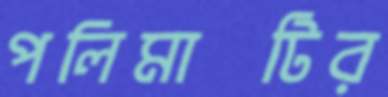
পলিমাটির